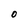
Character: 0